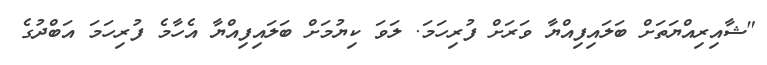
"ޝާއިރިއްޔަތަށް ބަލައިފިއްޔާ ވަރަށް ފުރިހަމަ. ލަވަ ކިޔުމަށް ބަލައިފިއްޔާ އެހާމެ ފުރިހަމަ އަބްދުގެ